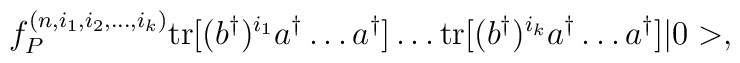
f^{(n,i_1,i_2,\dots,i_k)}_P \mbox{tr}[(b^\dagger)^{i_1} a^\dagger\dots a^\dagger]\dots \mbox{tr}[(b^\dagger)^{i_k} a^\dagger \dots a^\dagger]|0>,